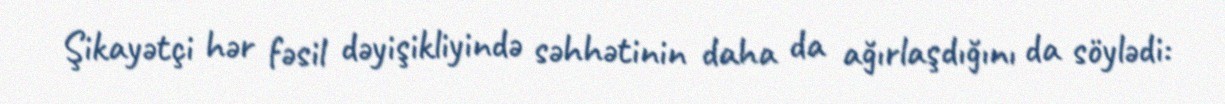
Şikayətçi hər fəsil dəyişikliyində səhhətinin daha da ağırlaşdığını da söylədi: